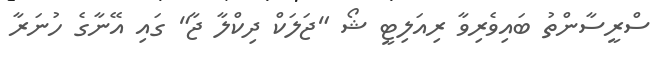
ސްރީސާންތު ބައިވެރިވާ ރިއަލިޓީ ޝޯ "ޖަލަކް ދިކްލާ ޖާ" ގައި އޭނާގެ ހުނަރާ